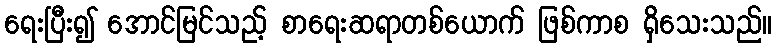
ရေးပြီး၍ အောင်မြင်သည့် စာရေးဆရာတစ်ယောက် ဖြစ်ကာစ ရှိသေးသည်။